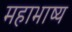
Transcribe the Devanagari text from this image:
महाभाष्‍य